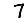
Digit: 7